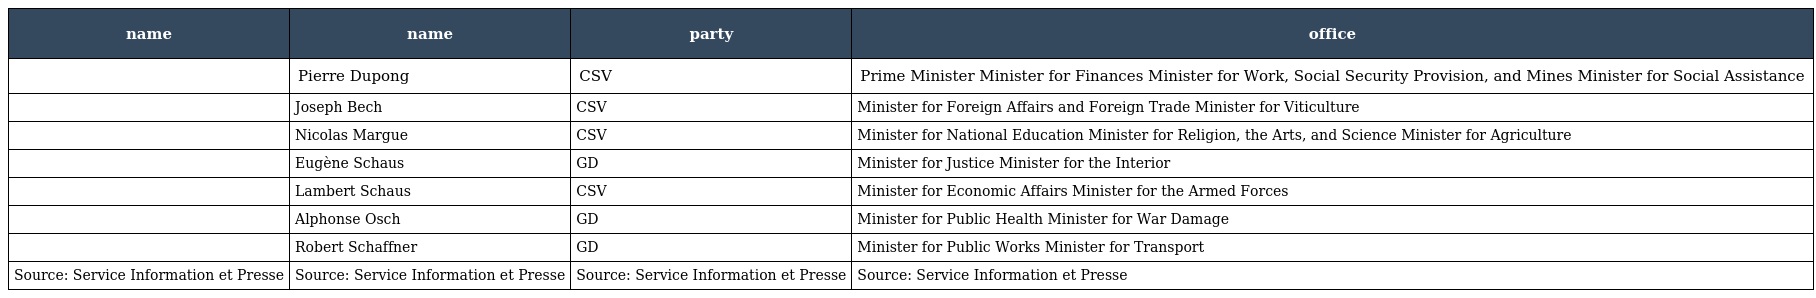
| name | name | party | office |
 | --- | --- | --- | --- |
 |  | Pierre Dupong | CSV | Prime Minister Minister for Finances Minister for Work, Social Security Provision, and Mines Minister for Social Assistance |
 |  | Joseph Bech | CSV | Minister for Foreign Affairs and Foreign Trade Minister for Viticulture |
 |  | Nicolas Margue | CSV | Minister for National Education Minister for Religion, the Arts, and Science Minister for Agriculture |
 |  | Eugène Schaus | GD | Minister for Justice Minister for the Interior |
 |  | Lambert Schaus | CSV | Minister for Economic Affairs Minister for the Armed Forces |
 |  | Alphonse Osch | GD | Minister for Public Health Minister for War Damage |
 |  | Robert Schaffner | GD | Minister for Public Works Minister for Transport |
 | Source: Service Information et Presse | Source: Service Information et Presse | Source: Service Information et Presse | Source: Service Information et Presse |